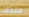
ملكات